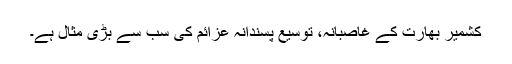
کشمیر بھارت کے غاصبانہ، توسیع پسندانہ عزائم کی سب سے بڑی مثال ہے۔